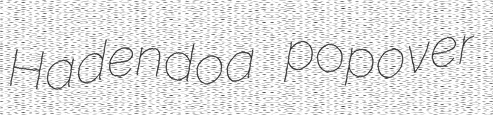
Hadendoa popover